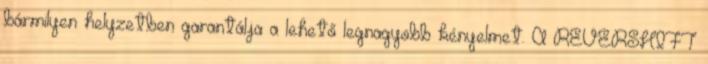
bármilyen helyzetben garantálja a lehető legnagyobb kényelmet. A REVERSHIFT